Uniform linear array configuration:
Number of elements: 24
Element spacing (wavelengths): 1
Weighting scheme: blackman
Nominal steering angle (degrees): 60
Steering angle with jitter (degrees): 59.304
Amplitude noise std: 0.05
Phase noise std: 0.05

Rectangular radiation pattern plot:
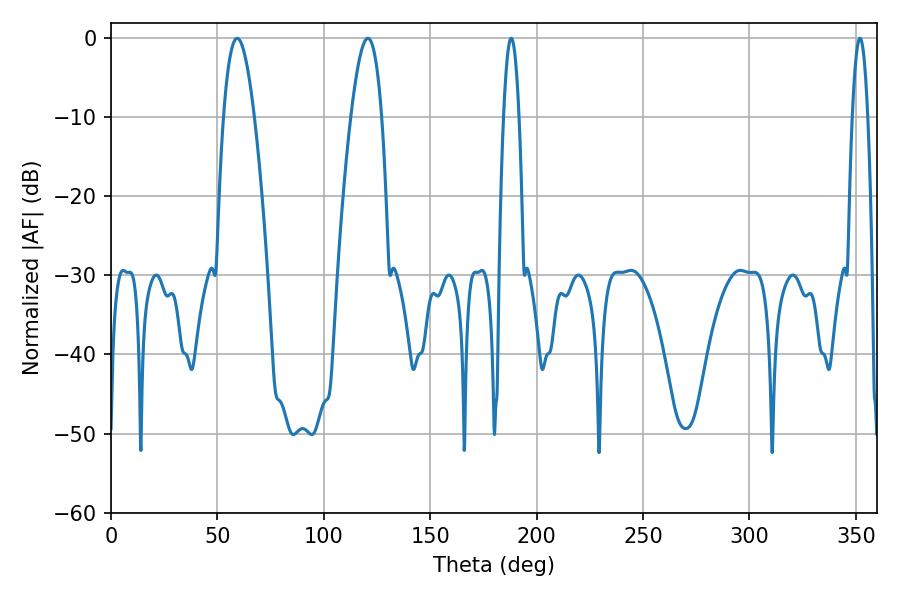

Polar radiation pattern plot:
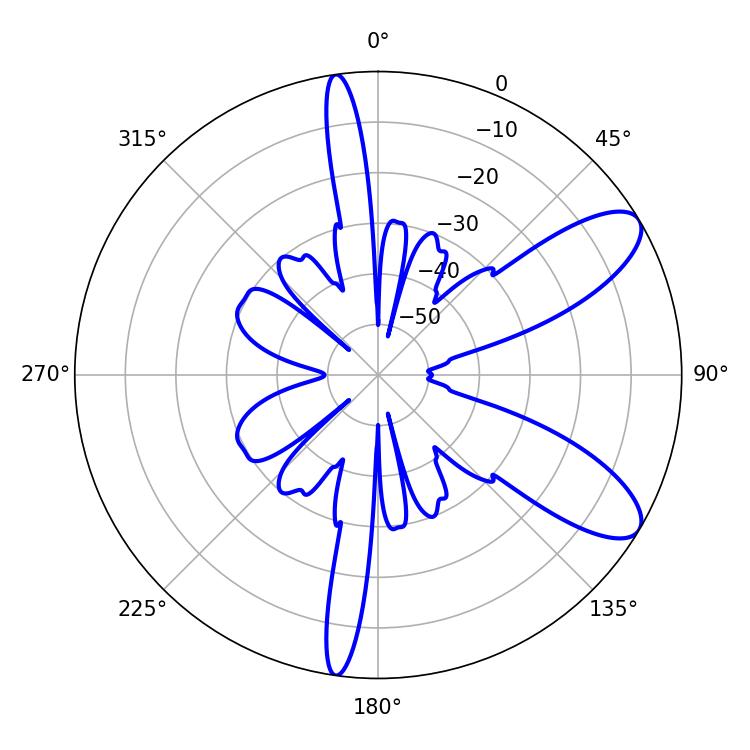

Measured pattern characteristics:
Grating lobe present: TRUE
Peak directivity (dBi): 9.292
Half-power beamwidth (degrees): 7.92
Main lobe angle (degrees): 120.78